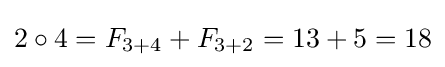
2\circ 4=F_{3+4}+F_{3+2}=13+5=18